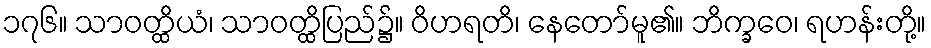
၁၇၆။ သာဝတ္ထိယံ၊ သာဝတ္ထိပြည်၌။ ဝိဟရတိ၊ နေတော်မူ၏။ ဘိက္ခဝေ၊ ရဟန်းတို့။